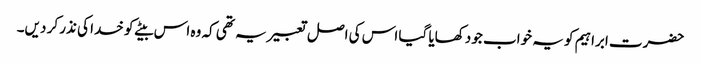
حضرت ابراہیم کو یہ خواب جو دکھایا گیا اس کی اصل تعبیر یہ تھی کہ وہ اس بیٹے کو خدا کی نذر کر دیں۔